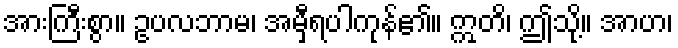
အားကြီးစွာ။ ဥပလဘာမ၊ အမှီရပါကုန်၏။ ဣတိ၊ ဤသို့။ အာဟ၊